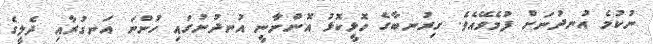
ނުކުމެ އުނދުނަށް ފުމެވޭއެވެ. ގިރުނބާގެ ހޮޅީކޮޅު އޮންނާނީ އުނދުނުގައި ހުންނަ އަނގުރާއި ދެލީގެ